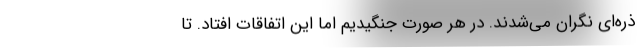
ذره‌ای نگران می‌شدند. در هر صورت جنگیدیم اما این اتفاقات افتاد. تا